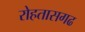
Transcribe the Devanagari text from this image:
रोहतासगढ